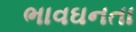
ભાવઘનતા